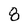
Character: 8